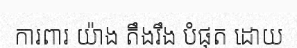
ការពារ យ៉ាង តឹងរឹង បំផុត ដោយ